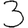
Digit: 3